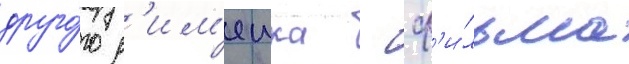
друго́го р'им'еика - ф'и́льма